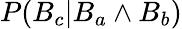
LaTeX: P(B_{c}|B_{a}\land B_{b})